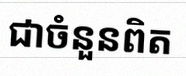
ជាចំនួនពិត